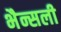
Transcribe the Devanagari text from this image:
भैन्सली